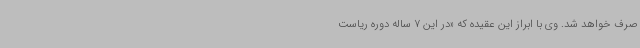
صرف خواهد شد. وی با ابراز این عقیده که «در این 7 ساله دوره ریاست